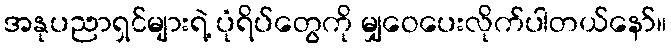
အနုပညာရှင်များရဲ့ ပုံရိပ်တွေကို မျှဝေပေးလိုက်ပါတယ်နော်။